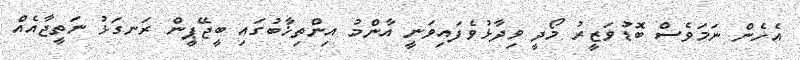
އެހެން ނަމަވެސް ބޮޑުވަޒީރު މޯދީ ވިދާޅުވެފައިވަނީ އާންމު އިންތިޚާބުގައި ބީޖޭޕީން ރަނގަޅު ނަތީޖާއެއް